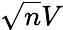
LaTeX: \sqrt{n}V